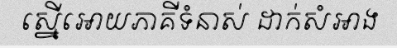
ស្នើអោយភាគីទំនាស់ ដាក់សំអាង